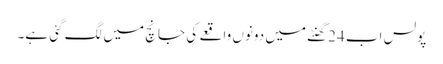
پولس اب 24گھنٹے میں دونوں واقعے کی جانچ میں لگ گئی ہے۔